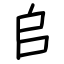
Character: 𠂤